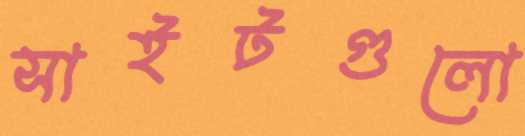
সাইটগুলো